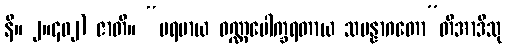
နိ။ ၂။၄၀၂) ဇာတိ။ “ပရမာယ ဝဏ္ဏပေါက္ခရတာယ သမန္နာဂတော”တိအာဒီသု